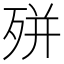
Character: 𭮎